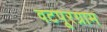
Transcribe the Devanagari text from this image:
वटपूरग्राम